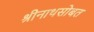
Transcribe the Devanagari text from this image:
श्रीनाथसोबत